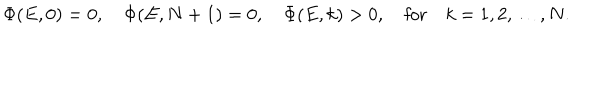
\Phi ( E , 0 ) = 0 , \quad \Phi ( E , N + 1 ) = 0 , \quad \Phi ( E , k ) > 0 , \quad \mathrm { f o r } \quad k = 1 , 2 , \ldots , N .